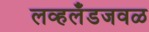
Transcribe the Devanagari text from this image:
लव्हलँडजवळ